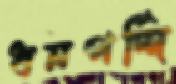
ধনপর্দ্দি